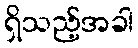
ရှိသည့်အခါ